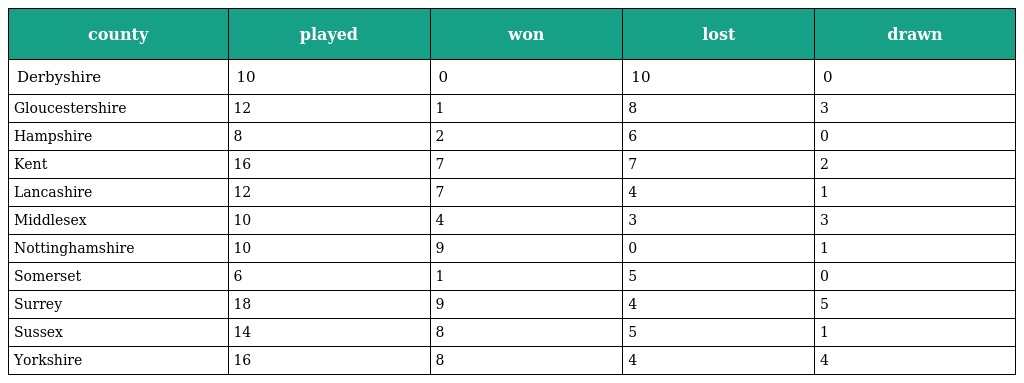
| county | played | won | lost | drawn |
 | --- | --- | --- | --- | --- |
 | Derbyshire | 10 | 0 | 10 | 0 |
 | Gloucestershire | 12 | 1 | 8 | 3 |
 | Hampshire | 8 | 2 | 6 | 0 |
 | Kent | 16 | 7 | 7 | 2 |
 | Lancashire | 12 | 7 | 4 | 1 |
 | Middlesex | 10 | 4 | 3 | 3 |
 | Nottinghamshire | 10 | 9 | 0 | 1 |
 | Somerset | 6 | 1 | 5 | 0 |
 | Surrey | 18 | 9 | 4 | 5 |
 | Sussex | 14 | 8 | 5 | 1 |
 | Yorkshire | 16 | 8 | 4 | 4 |